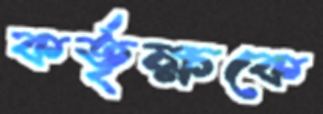
কর্তৃক্ষকে